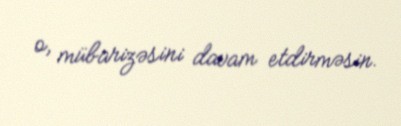
o, mübarizəsini davam etdirməsin.